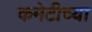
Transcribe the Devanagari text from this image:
कमेटीच्या